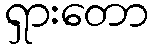
ရှားတော